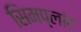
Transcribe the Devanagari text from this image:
सिमप्लांट